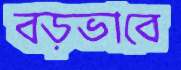
বড়ভাবে